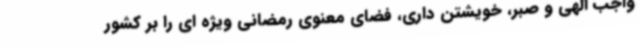
واجب الهی و صبر، خویشتن داری، فضای معنوی رمضانی ویژه ای را بر کشور